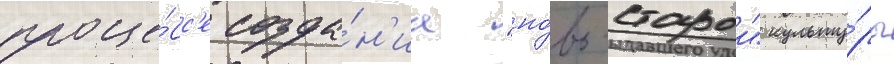
проце́сс'е созда́н'иа "но́во-старои" культу́ры